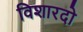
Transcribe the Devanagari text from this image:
विशारदो